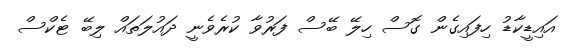
އައިޑީކާޑު ހިފައިގެން ގޮސް ހިލޭ ބޭސް ފަރުވާ ކުރެވެނީ ދައުލަތައް ލިބޭ ޓެކްސް